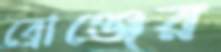
ব্রোঞ্জের